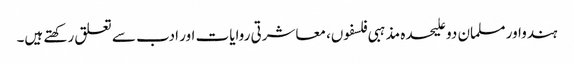
ہندواور مسلمان دو علیحدہ مذہبی فلسفوں، معاشرتی روایات اور ادب سے تعلق رکھتے ہیں۔